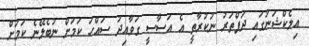
އިލެކްޝަނުގައި ދަފްތަރު ނުކުރާތީ އެ އަސާސީ ގަވާއިދު ސައްހަ ކަމަށް ނުބެލޭނެ ކަމަށް